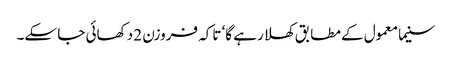
سنیما معمول کے مطابق کھلا رہے گا‘ تاکہ فروزن 2 دکھائی جا سکے۔